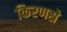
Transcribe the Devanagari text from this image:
किरणसे